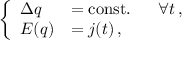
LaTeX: \left\{ \begin{array} { l l } { { \Delta q } } & { { = \mathrm { c o n s t . } \; \; \; \; \; \; \forall t \, , } } \\ { { E ( q ) } } & { { = j ( t ) \, , } } \end{array} \right.